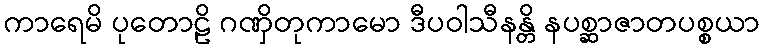
ကာရေမိ ပုတောဠိ ဂဏှိတုကာမော ဒီပဝါသီနန္တိ နပစ္ဆာဇာတပစ္စယာ